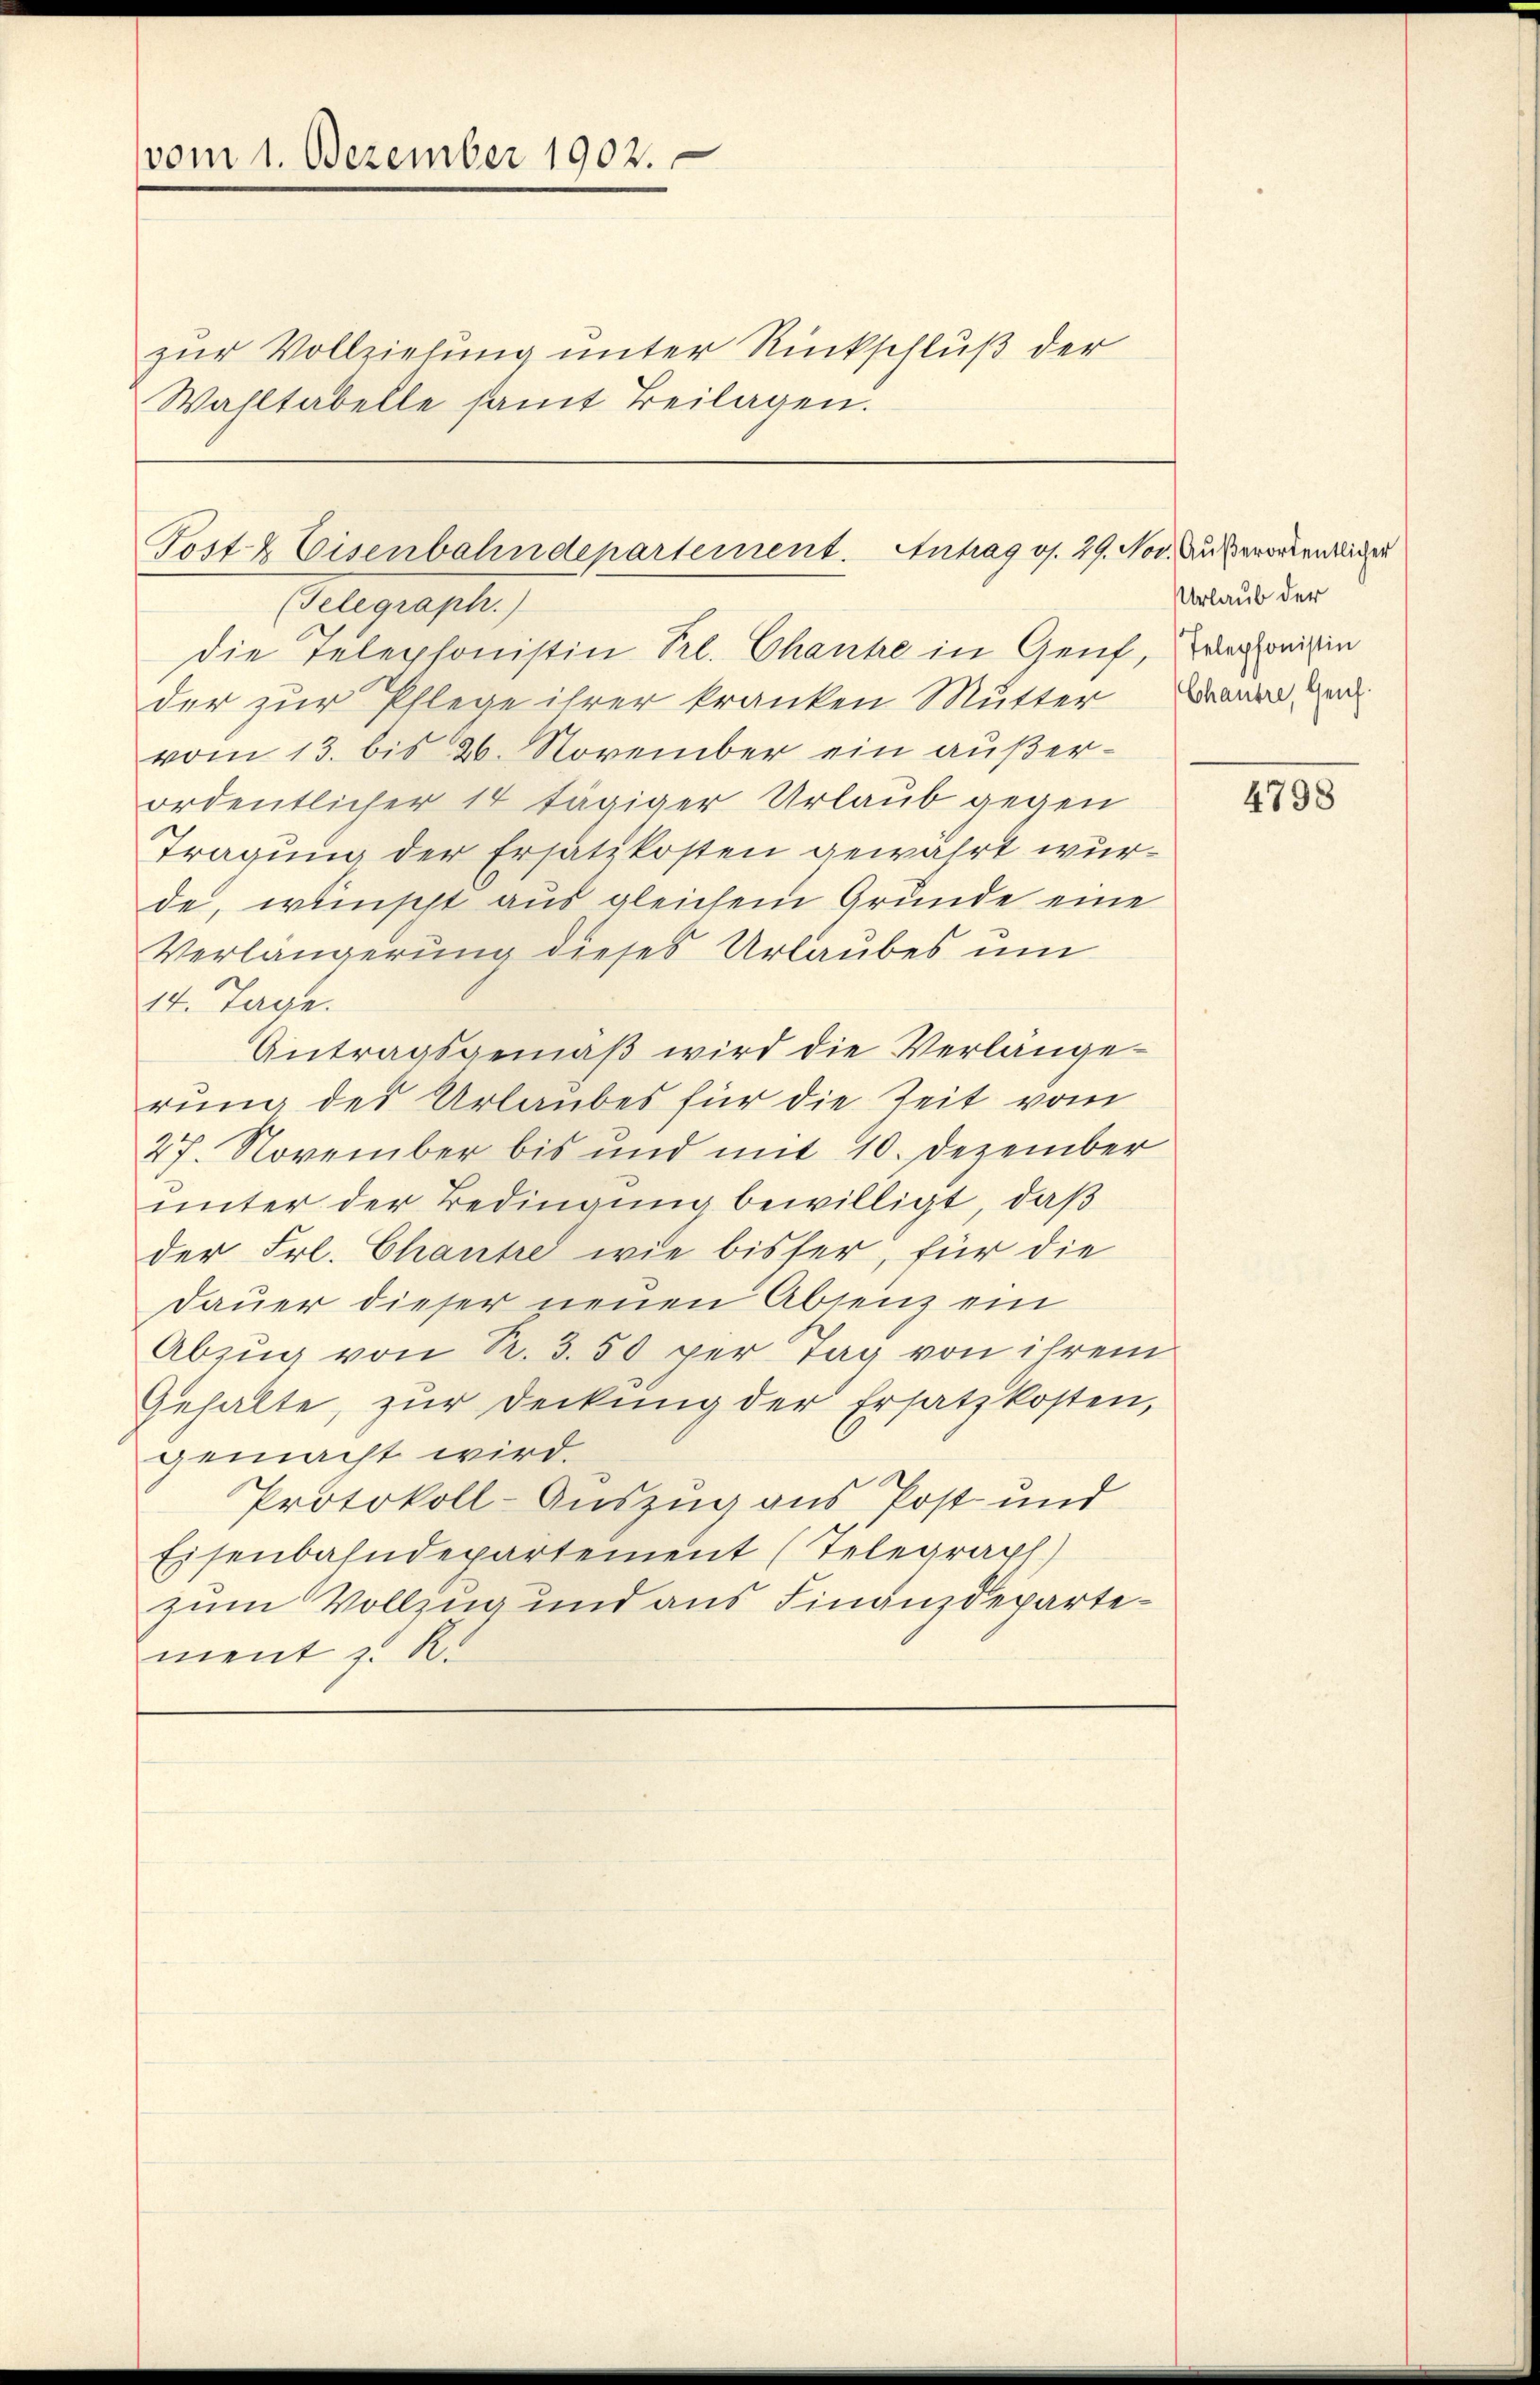
vom 1. Dezember 1902.

zur Vollziehung unter Rückschluß der
Wahltabelle samt Beilagen.

Post- & Eisenbahndepartement. Antrag os. 29. Nov. Außerordentlicher
(Telegraph.)
Die Telephonistin Sl. Ghanke in Genf, veronigin

Urlaub der
Chautre, Genf.

der zur Pflege ihrer kranken Mutter
vom 13. bis 26. November ein außerordentlicher 14 tägiger Urlaub gegen
Tragung der Ersatzkosten gewährt wurde, wünscht aus gleichem Grunde eine
Verlängerung dieses Urlaubes um
14. Tage.
Antragsgemäβ wird die Verlänge
rung des Urlaubes für die Zeit vom
27. November bis und mit 10. Dezember
unter der Bedingung bewilligt, daß
der Frl. Chantze wie bisser, für die
Daŭer dieser neuen Absenz ein
Abzug von R. 3. 50 per Tag von ihrem
Gehalte, zŭr deckŭng der Ersatz kosten,
gemacht wird.
Protokoll-Auszug aus Post- und
Eisenbahndepartement (Telegraph)
zum Vollzug und aus Finanzdepartement z. R.

4798